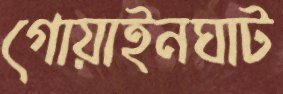
গোয়াইনঘাট